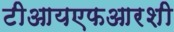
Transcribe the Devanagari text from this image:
टीआयएफआरशी